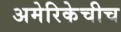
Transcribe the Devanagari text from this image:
अमेरिकेचीच